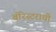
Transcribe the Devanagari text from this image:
बॅरिस्टराची